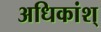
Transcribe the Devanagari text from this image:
अधिकांश्